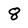
Character: 8